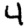
Digit: 4